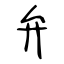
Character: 弁